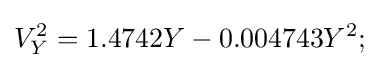
V_{Y}^{2}=1.4742Y-0.004743Y^{2};